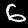
Label: 6